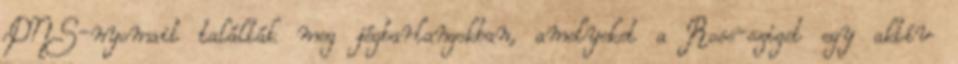
DNS-nyomait találták meg jégbarlangokban, amelyeket a Ross-sziget egy aktív